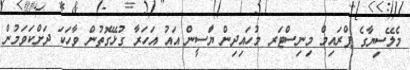
މެލޭސިޔާގެ ޕްރައިމް މިނިސްޓަރ މުހައިދިން ޔަާސީން އައު އަހަރާ ގުޅޭގޮތުން ވާހަކަ ދަށްކަވަމުން